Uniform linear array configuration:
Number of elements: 24
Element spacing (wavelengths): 0.25
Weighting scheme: cosine
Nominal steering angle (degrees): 60
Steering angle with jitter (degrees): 58.125
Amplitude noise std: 0.05
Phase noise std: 0.05

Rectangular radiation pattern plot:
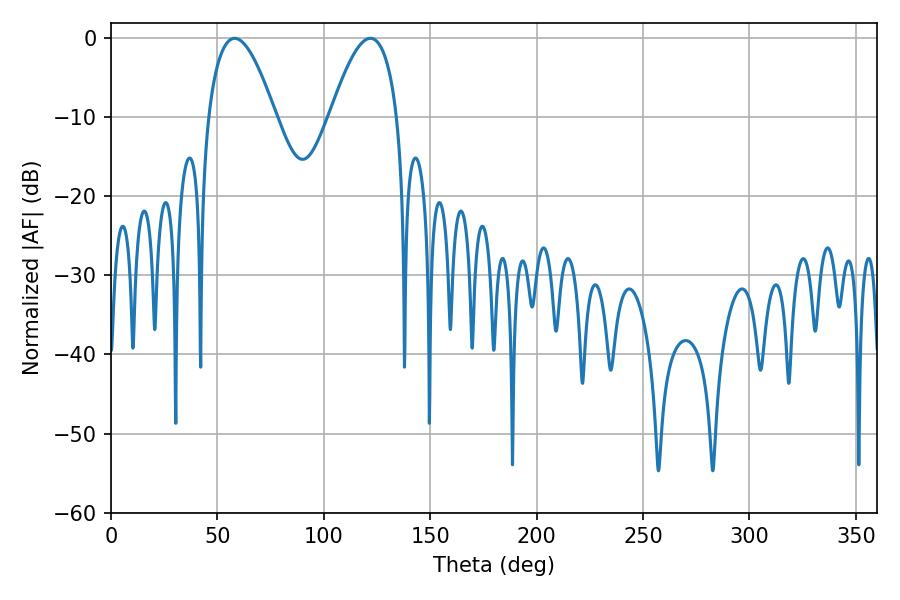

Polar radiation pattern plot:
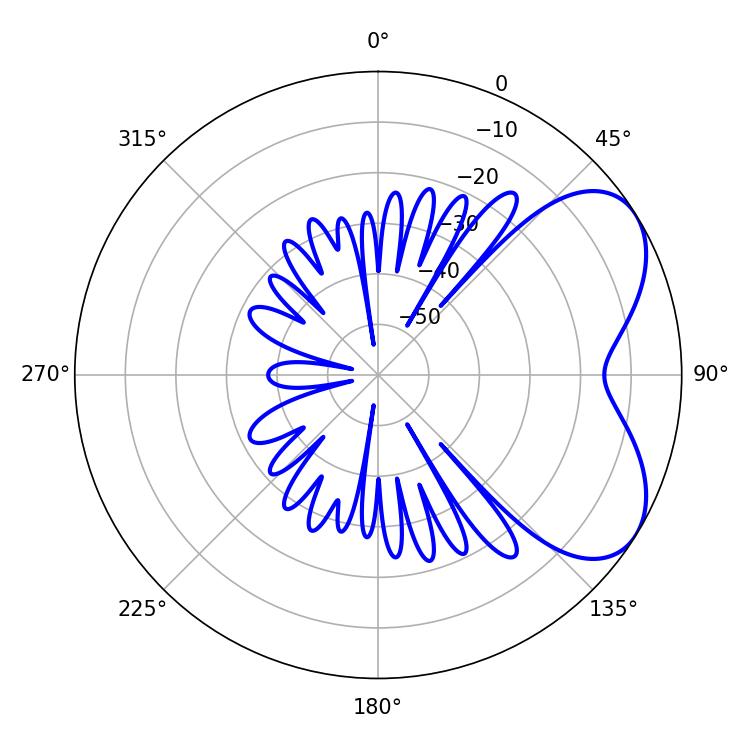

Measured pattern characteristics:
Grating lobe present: FALSE
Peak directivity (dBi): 5.442
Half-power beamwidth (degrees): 17.28
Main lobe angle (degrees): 58.14